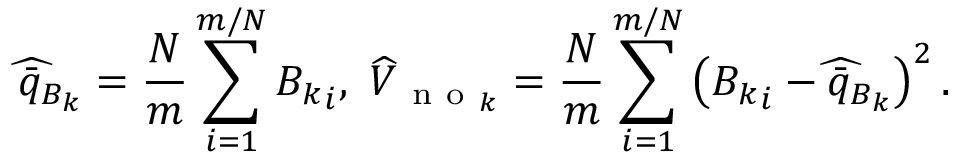
\widehat { \bar { q } _ { B _ { k } } } = \frac { N } { m } \sum _ { i = 1 } ^ { m / N } { B _ { k } } _ { i } , ~ \widehat { V } _ { \mathrm { ~ n ~ o ~ } _ { k } } = \frac { N } { m } \sum _ { i = 1 } ^ { m / N } \left( { B _ { k } } _ { i } - \widehat { \bar { q } _ { B _ { k } } } \right) ^ { 2 } .